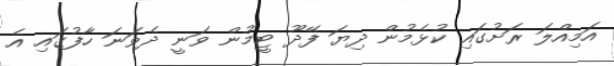
އަމިއްލަ ރަށުގައި ކުޅެމުން ދިޔަ ފޭދޫ ޓީމުން ވަނީ ދެވަނަ ހާފުގައި އެ